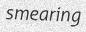
smearing